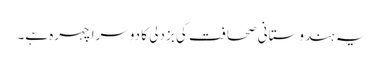
یہ ہندوستانی صحافت کی بزدلی کا دوسرا چہرہ ہے۔